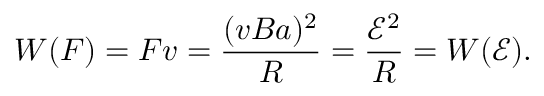
W ( F ) = F v = \frac { ( v B a ) ^ { 2 } } { R } = \frac { \mathcal E ^ { 2 } } { R } = W ( \mathcal E ) .